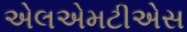
એલએમટીએસ